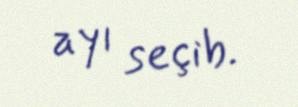
ayı seçib.